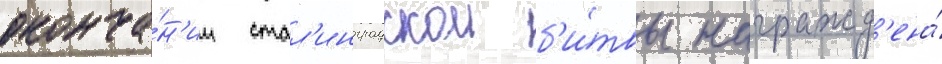
оконча́н'ии стал'инградскои б'и́твы награжд'ена́